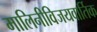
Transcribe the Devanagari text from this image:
मालिनीविजयवार्तिक